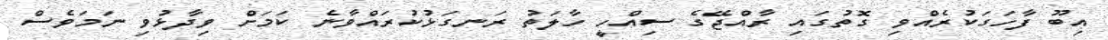
އިބޫ ފާހަގަކުރެއްވި ގޮތުގައި ރާއްޖޭގެ ސިއްހީ ހާލަތު ރަނގަޅުކުރައްވާނެ ކަމަށް ވިދާޅުވި ނަމަވެސް